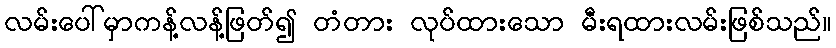
လမ်းပေါ်မှာကန့်လန့်ဖြတ်၍ တံတား လုပ်ထားသော မီးရထားလမ်းဖြစ်သည်။